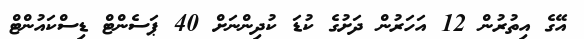
އޭގެ އިތުރުން 12 އަހަރުން ދަށުގެ ކުޑަ ކުދިންނަށް 40 ޕަސެންޓް ޑިސްކައުންޓް